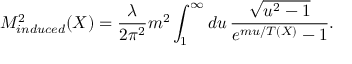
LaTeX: M _ { i n d u c e d } ^ { 2 } ( X ) = \frac { \lambda } { 2 \pi ^ { 2 } } m ^ { 2 } \int _ { 1 } ^ { \infty } d u \, \frac { \sqrt { u ^ { 2 } - 1 } } { e ^ { m u / T ( X ) } - 1 } .